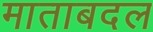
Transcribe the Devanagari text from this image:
माताबदल